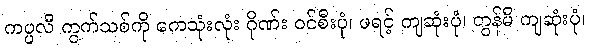
ကပ္ပလီ ကွက်သစ်ကို ကေသုံးလုံး ဂိုဏ်း ဝင်စီးပုံ၊ ဖရင့် ကျဆုံးပုံ၊ တွန်မီ ကျဆုံးပုံ၊